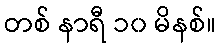
တစ် နာရီ ၁၀ မိနစ်။